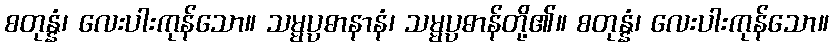
စတုန္နံ၊ လေးပါးကုန်သော။ သမ္မပ္ပဓာနာနံ၊ သမ္မပ္ပဓာန်တို့၏။ စတုန္နံ၊ လေးပါးကုန်သော။